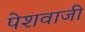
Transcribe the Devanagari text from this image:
पेशवाजी